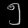
Digit: ၅